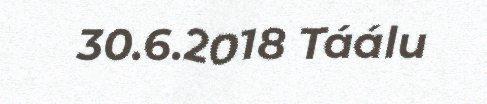
30.6.2018 Táálu